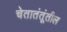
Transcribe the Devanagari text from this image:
चेतातंतूंतील